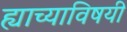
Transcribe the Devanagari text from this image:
ह्याच्याविषयी